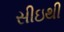
સીઇથી